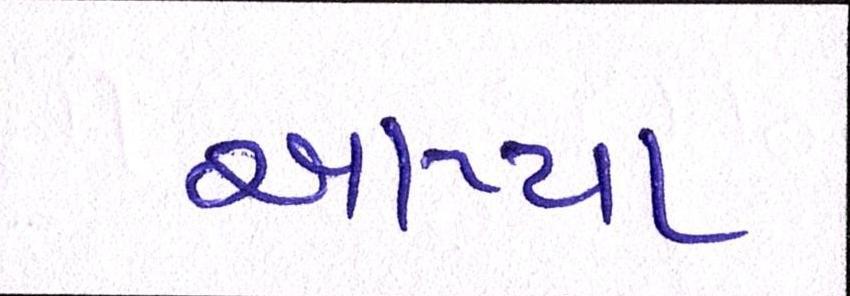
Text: આપ્યા